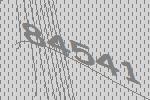
84541